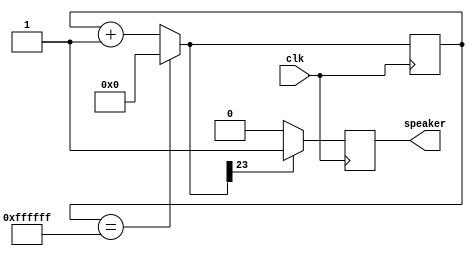
`timescale 1ns / 1ps
//////////////////////////////////////////////////////////////////////////////////
// Company: 
// Engineer: 
// 
// Design Name: 
// Module Name:    pwm 
// Project Name: 
// Target Devices: 
// Tool versions: 
// Description: 
//
// Dependencies: 
//
// Revision: 
// Revision 0.01 - File Created
// Additional Comments: 
//
//////////////////////////////////////////////////////////////////////////////////
module pwm(clk, speaker);
input clk;
output reg speaker;

reg [23:0] counter = 0;
reg [9:0] hz =0 ;
always @(posedge clk) 
begin
	if(counter==16777215) counter = 0; 
	else counter = counter+1;
case (counter[23])
	1'b 1:	begin if (hz==1023) hz =0; else hz = hz+1; end
	1'b 0:  hz = hz;	
		
endcase
 if(counter[23]==0) speaker = 0 ;
 else speaker = 1;
end
endmodule